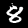
Digit: 8